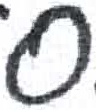
אות: ס